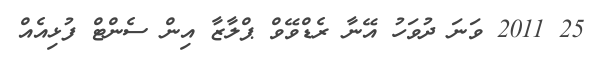
25 2011 ވަނަ ދުވަހު އޭނާ ރެޑްވޭވް ޕްލާޒާ އިން ސެންޓް ފުޅިއެއް